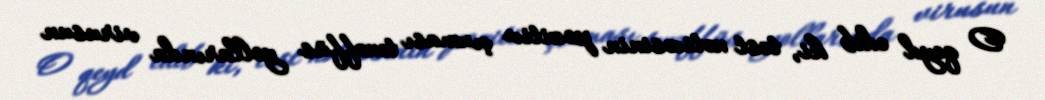
O qeyd edib ki, test nəticəsinin pozitiv çıxması tənəffüs yollarında virusun